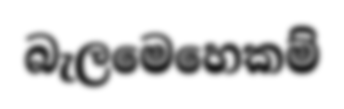
බැලමෙහෙකම්